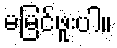
မမြင်ဖူးပါ။